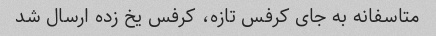
متاسفانه به جای کرفس تازه، کرفس یخ زده ارسال شد